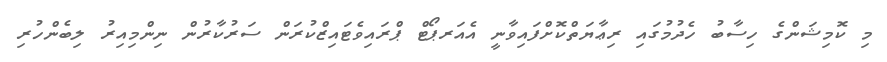
މި ކޮމިޝަންގެ ހިސާބު ހެދުމުގައި ރިޢާޔަތްކޮށްފައިވާނީ އެއަރޕޯޓް ޕްރައިވެޓައިޒްކުރަން ސަރުކާރުން ނިންމިއިރު ލިބެންހުރި